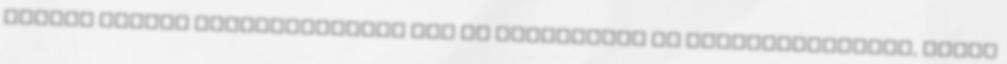
létező Puskás egyértelműsítő lap ra hivatkozik az egyértelműsítés, hanem